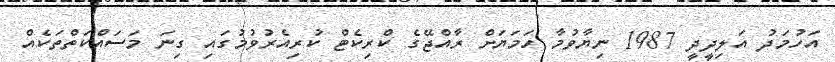
އަހުމަދު އަލިދީދީ 1987 ނިޔާވުމާ ހަމަޔަށް ރާއްޖޭގެ ކްރިކެޓް ކުރިއެރުވުމުގައި ގިނަ މަސައްކަތްތަކެއް